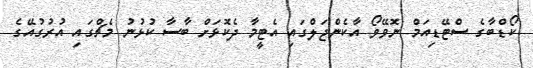
ކޯޑްބާގެ ސްޓޭޑިއަމް ނޮވޭވޯ އާކެންޖަލްގައި އެޓީމާ ދެކޮޅަށް ބާސާ ކުޅުނު މެޗްގައި އުރުގުއޭގެ